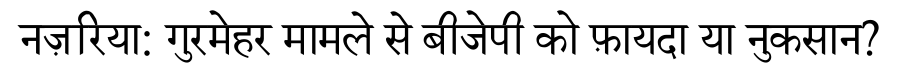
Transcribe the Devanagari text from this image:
नज़रिया: गुरमेहर मामले से बीजेपी को फ़ायदा या नुकसान?